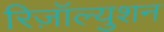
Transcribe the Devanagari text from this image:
रिज़ॉल्युशन